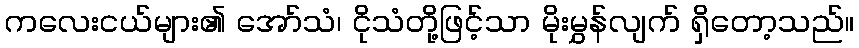
ကလေးငယ်များ၏ အော်သံ၊ ငိုသံတို့ဖြင့်သာ မိုးမွှန်လျက် ရှိတော့သည်။